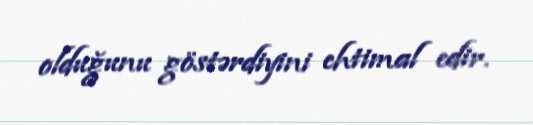
olduğunu göstərdiyini ehtimal edir.